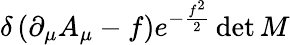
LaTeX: \delta\left(\partial_{\mu}A_{\mu}-f\right)e^{-{\frac{f^{2}}{2}}}\operatorname*{det}M